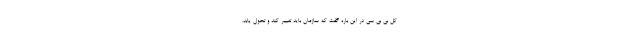
کل بی بی سی در این باره گفت که سازمان باید تغییر کند و تحول یابد.